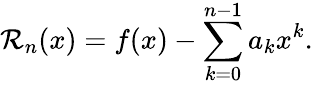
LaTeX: \mathcal{R}_{n}(x)=f(x)-\sum_{k=0}^{n-1}a_{k}x^{k}.